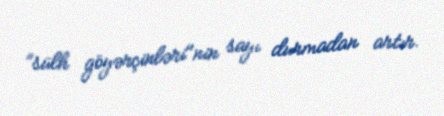
”sülh göyərçinləri"nin sayı durmadan artır.